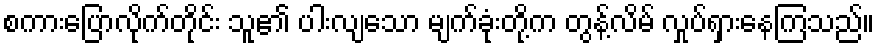
စကားပြောလိုက်တိုင်း သူ၏ ပါးလျသော မျက်ခုံးတို့က တွန့်လိမ် လှုပ်ရှားနေကြသည်။